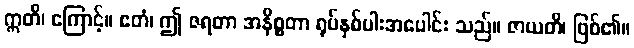
ဣတိ၊ ကြောင့်။ ဧတံ၊ ဤ ဇရတာ အနိစ္စတာ ရုပ်နှစ်ပါးအပေါင်း သည်။ ဇာယတိ၊ ဖြစ်၏။